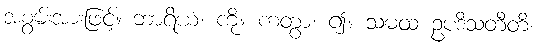
အစွမ်းအားဖြင့်။ ဘာရိယံ၊ ကို။ ကတွာ၊ ၍။ သမထံ ဥပဒိသတီတိ၊